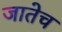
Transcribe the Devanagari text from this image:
जातेच